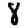
Digit: 8